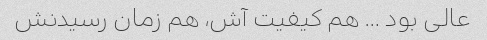
عالی بود … هم کیفیت آش، هم زمان رسیدنش